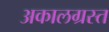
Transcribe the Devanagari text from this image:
अकालग्रस्त